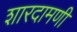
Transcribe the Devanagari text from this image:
शारदामणी